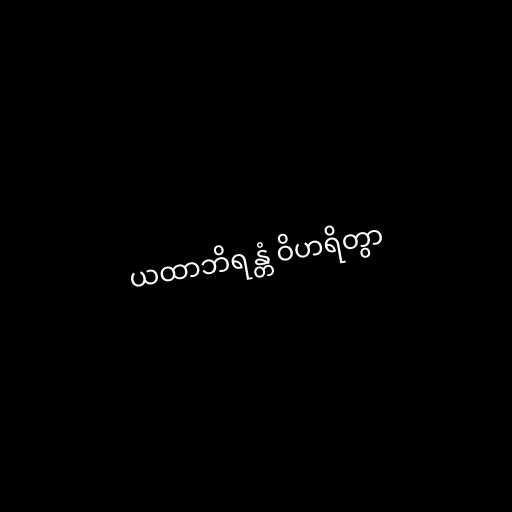
ယထာဘိရန္တံ ဝိဟရိတွာ